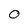
Character: 0